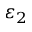
\varepsilon _ { 2 }